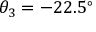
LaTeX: \theta _ { 3 } = - 2 2 . 5 ^ { \circ }